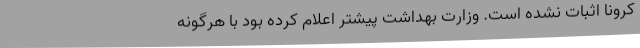
کرونا اثبات نشده است. وزارت بهداشت پیشتر اعلام کرده بود با هرگونه